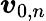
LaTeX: \boldsymbol{v}_{0,n}